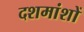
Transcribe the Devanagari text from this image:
दशमांशों